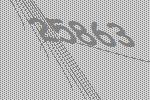
25863